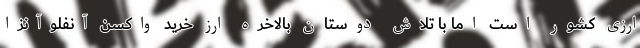
ارزی کشور است اما با تلاش دوستان بالاخره ارز خرید واکسن آنفلوآنزا